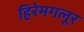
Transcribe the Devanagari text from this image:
हिरेमगलूर